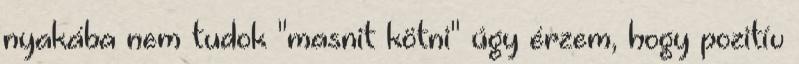
nyakába nem tudok "masnit kötni" úgy érzem, hogy pozitív